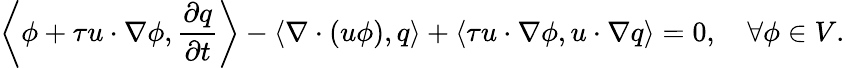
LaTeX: \left\langle\phi+\tau u\cdot\nabla\phi,\frac{\partial q}{\partial t}\right\rangle-\left\langle\nabla\cdot(u\phi),q\right\rangle+{\left\langle\tau u\cdot\nabla\phi,u\cdot\nabla q\right\rangle}=0,\quad\forall\phi\in V.